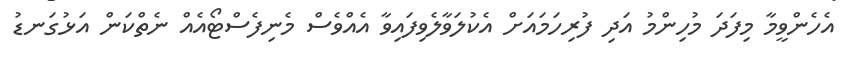
އެހެންވީމާ މިފަދަ މުހިންމު އަދި ފުރިހަމައަށް އެކުލަވާލެވިފައިވާ އެއްވެސް މެނިފެސްޓޯއެއް ނެތްކަން އަޅުގަނޑު